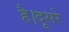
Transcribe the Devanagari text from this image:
है।दूसरे